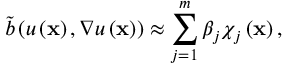
\widetilde { b } \left( u \left( \mathbf { x } \right) , \nabla u \left( \mathbf { x } \right) \right) \approx \sum _ { j = 1 } ^ { m } \beta _ { j } \chi _ { j } \left( \mathbf { x } \right) ,